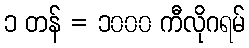
၁ တန် = ၁၀၀၀ ကီလိုဂရမ်